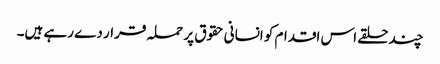
چند حلقے اس اقدام کو انسانی حقوق پر حملہ قرار دے رہے ہیں۔